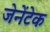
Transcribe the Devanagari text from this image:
जेनेंटेक